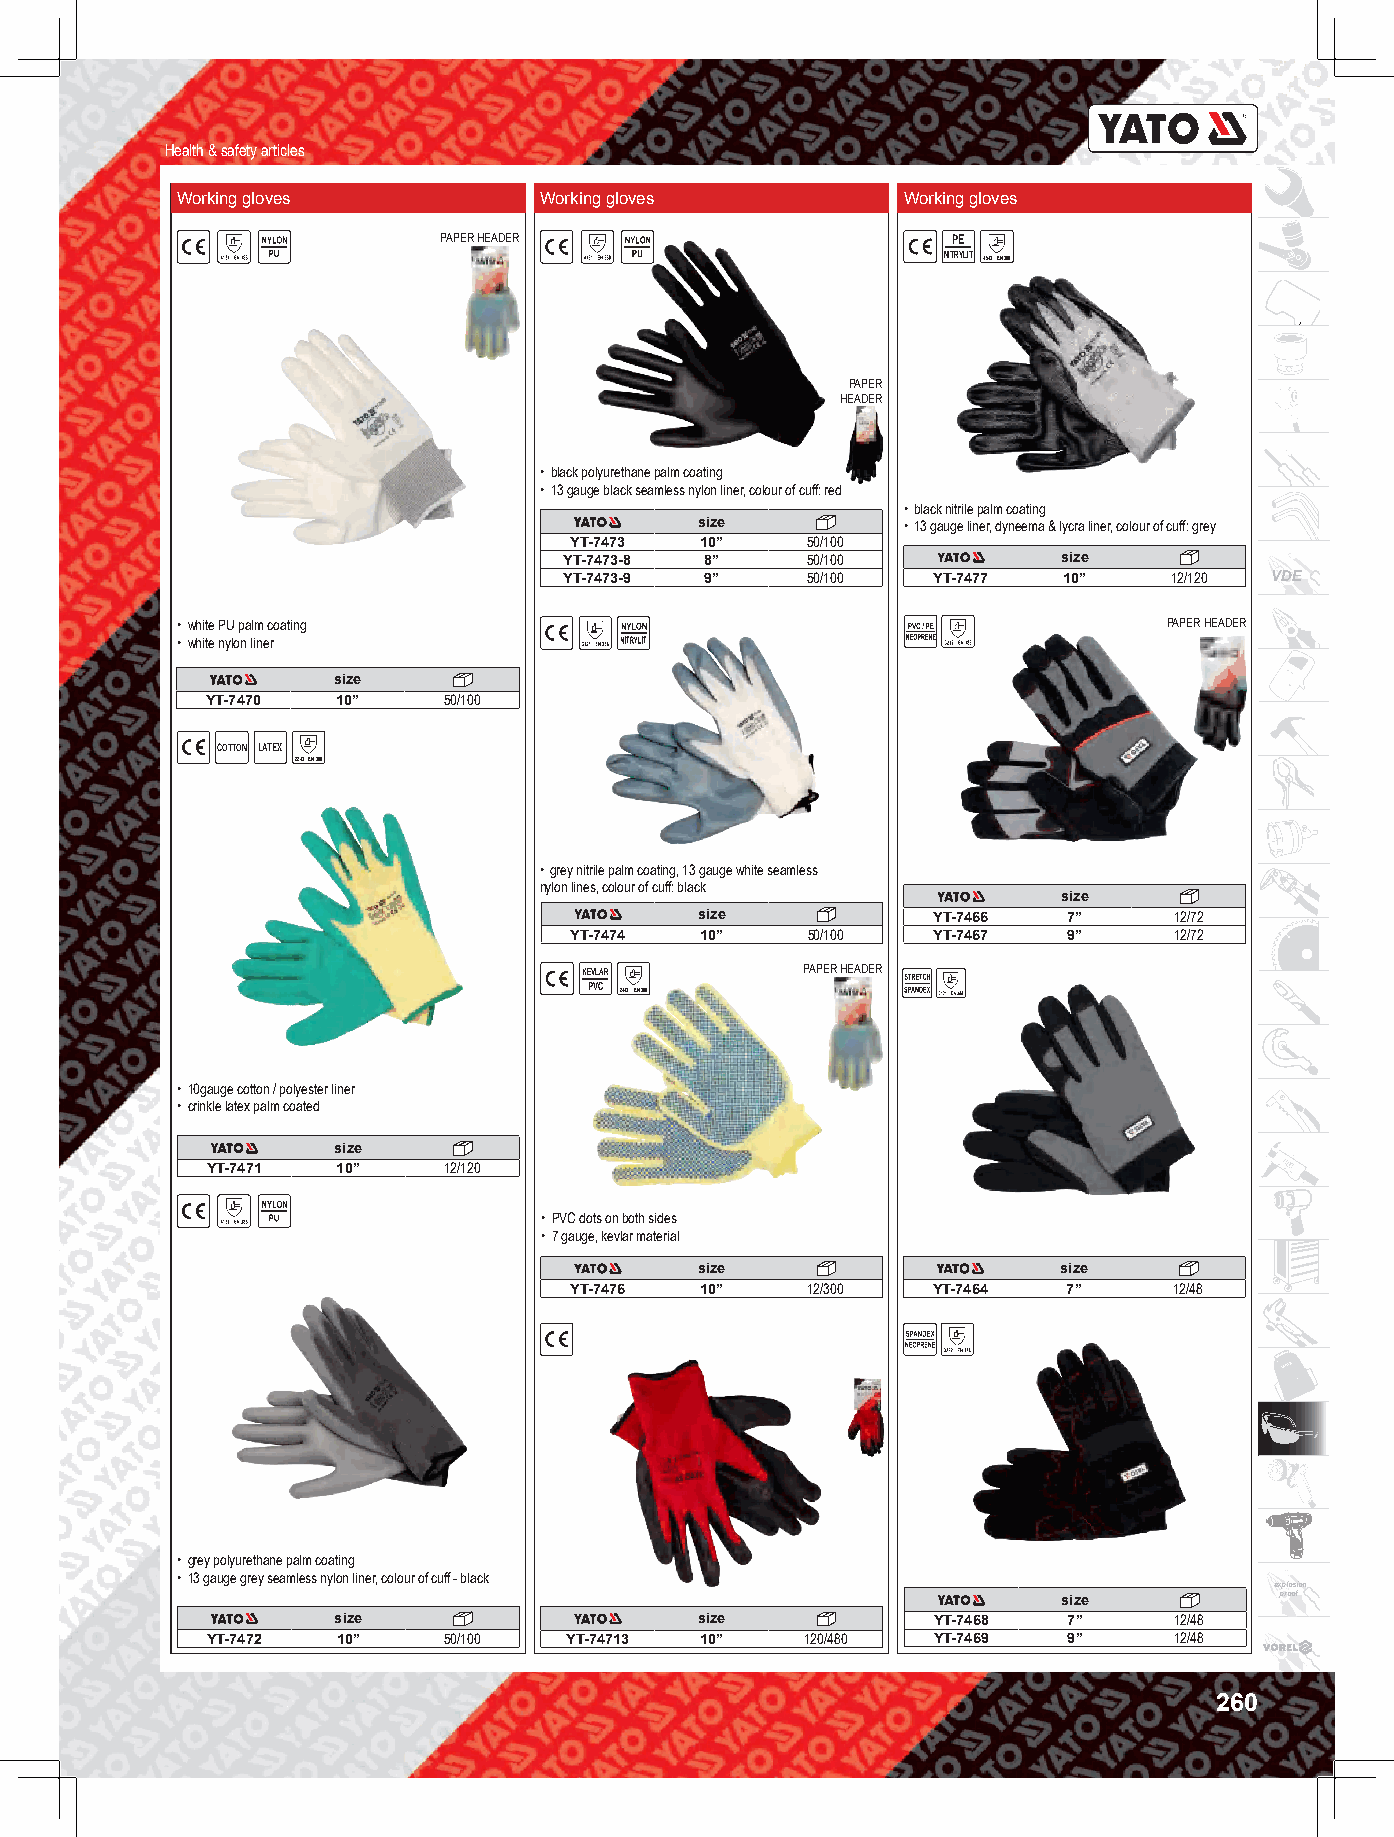
Health & safety articles
 Working gloves       B  Working gloves       B  Working gloves
 PAPER HEADER                      PE
 NITRYLIT 4543 EN 388
 PAPER
 HEADER
 • black polyurethane palm coating
 • 13 gauge black seamless nylon liner, colour of cuff: red
 • black nitrile palm coating
 size          • 13 gauge liner, dyneema & lycra liner, colour of cuff: grey
 YT-7473 10”    50/100
 YT-7473-8 8”    50/100           size
 YT-7473-9 9”    50/100   YT-7477 10”    12/120 VDE
 • white PU palm coating                                          PAPER HEADER
 • white nylon liner
 size
 YT-7470 10”    50/100
 COTTON LATEX
 COTTON LATEX
 B BA AW WE EŁ ŁN NA A LL AA TT EE KK SS 2243 EN 388
 • grey nitrile palm coating, 13 gauge white seamless
 nylon lines, colour of cuff: black
 size
 size            YT-7466  7”     12/72
 YT-7474 10”    50/100   YT-7467  9”     12/72
 KEVLAR        PAPER HEADER
 PVC 244X EN 388
 • 10gauge cotton / polyester liner
 • crinkle latex palm coated
 size
 YT-7471 10”    12/120
 B
 • PVC dots on both sides
 • 7 gauge, kevlar material
 size                    size
 YT-7476 10”    12/300   YT-7464  7”     12/48
 • grey polyurethane palm coating
 • 13 gauge grey seamless nylon liner, colour of cuff - black
 explosion
 size           proof
 size                    size            YT-7468  7”     12/48
 YT-7472 10”    50/100  YT-74713 10”    120/480  YT-7469  9”     12/48
 260